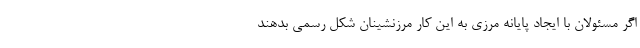
اگر مسئولان با ایجاد پایانه مرزی به این کار مرزنشینان شکل رسمی بدهند